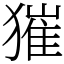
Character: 獕